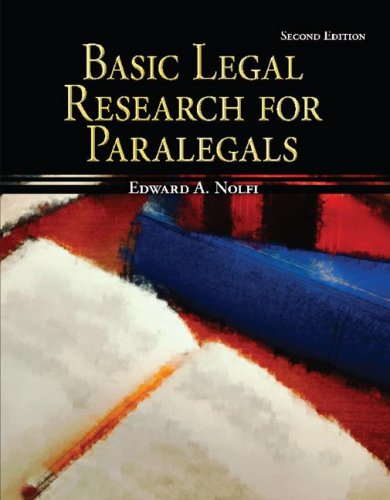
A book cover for Basic Legal Research for Paralegals (McGraw-Hill Paralegal Titles); Edward Nolfi; Law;